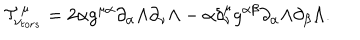
{ \cal T } _ { \nu _ { t o r s } } ^ { \mu } = 2 \alpha g ^ { \mu \alpha } \partial _ { \alpha } \Lambda \partial _ { \nu } \Lambda - \alpha \delta _ { \nu } ^ { \mu } g ^ { \alpha \beta } \partial _ { \alpha } \Lambda \partial _ { \beta } \Lambda .